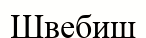
Швебиш